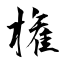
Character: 権